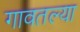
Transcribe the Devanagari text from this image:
गावतल्या